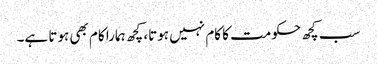
سب کچھ حکومت کا کام نہیں ہوتا، کچھ ہمارا کام بھی ہوتا ہے۔